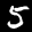
Label: 5